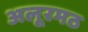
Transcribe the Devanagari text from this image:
अलूरमठ